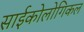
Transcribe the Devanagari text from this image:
साईकोलोगिकल